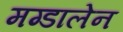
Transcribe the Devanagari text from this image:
मग्डालेन